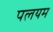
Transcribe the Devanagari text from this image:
पलयम